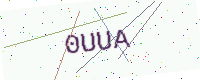
Text: 0UUA